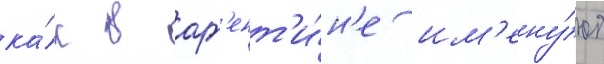
ка́к в арг'ент'и́н'е им'ену́ют